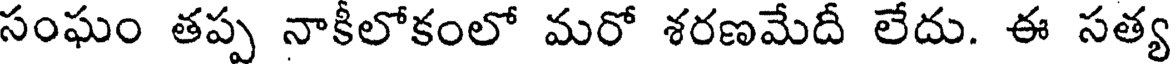
సంఘం తప్ప నాకీలోకంలో మరో శరణమేదీ లేదు. ఈ సత్య